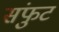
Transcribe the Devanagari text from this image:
संफुट